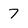
Character: 7